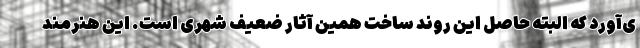
ی‌آورد که البته حاصل این روند ساخت همین آثار ضعیف شهری است. این هنرمند